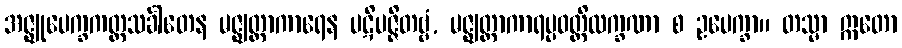
အဇ္ဈုပေက္ခကတ္တသင်္ခါတေန မဇ္ဈတ္တာကာရေန ပဋိပဇ္ဇိတဗ္ဗံ, မဇ္ဈတ္တာကာရပ္ပဝတ္တိလက္ခဏာ စ ဥပေက္ခာ။ တသ္မာ ဣတော